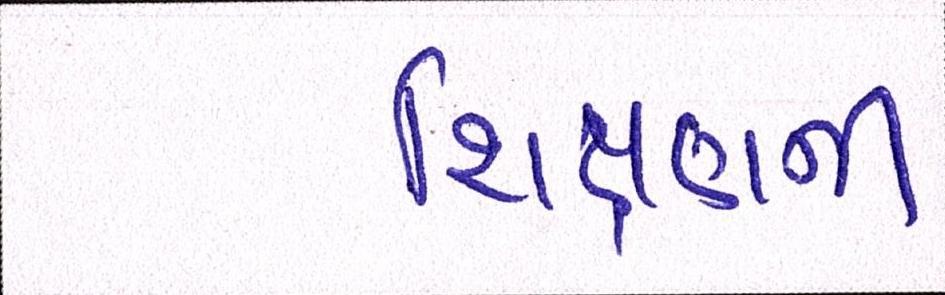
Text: શિક્ષણની